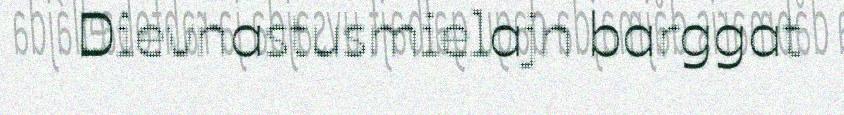
Dievnastusmielajn barggat